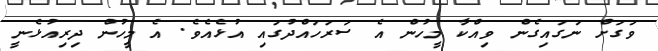
ވަގަށް ނަގައިގެން ވިއްކާ މީހުން އެ ސަރަހައްދުގައި އުޅެއެވެ. އެ މީހުން ދިރިއުޅެނީ